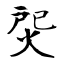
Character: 焈